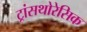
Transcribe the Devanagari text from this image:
ट्रांसथोरेसिक